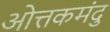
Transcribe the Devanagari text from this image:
ओत्तकमंदु